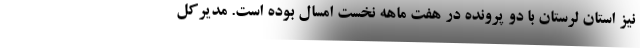
نیز استان لرستان با دو پرونده در هفت ماهه نخست امسال بوده است. مدیرکل